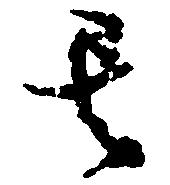
其